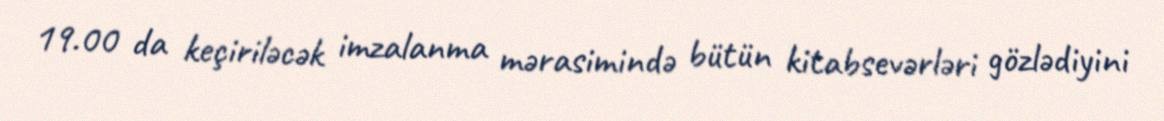
19.00 da keçiriləcək imzalanma mərasimində bütün kitabsevərləri gözlədiyini